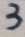
3